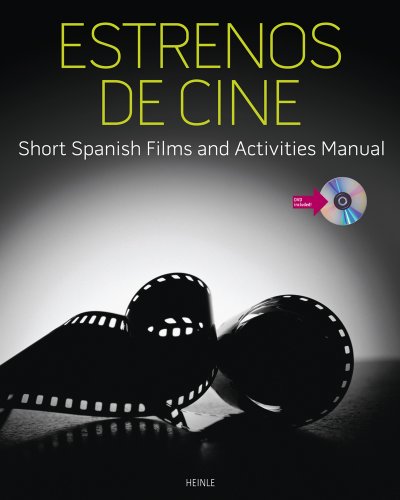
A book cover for Estrenos de cine: Short Spanish Films and Activities Manual (with DVD); Heinle; Law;